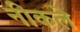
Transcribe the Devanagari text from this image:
नीकले